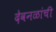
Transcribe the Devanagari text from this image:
देवनळांची